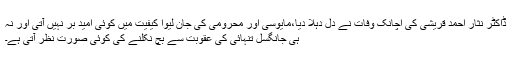
ڈاکٹر نثار احمد قریشی کی اچانک وفات نے دل دہلا دیا،مایوسی اور محرومی کی جان لیوا کیفیت میں کوئی امید بر نہیں آتی اور نہ
ہی جانگسل تنہائی کی عقوبت سے بچ نکلنے کی کوئی صورت نظر آتی ہے۔